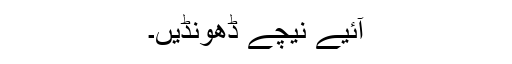
آئیے نیچے ڈھونڈیں۔